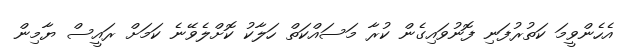
އެހެންވީމަ ކަތުރުފަނި ފޮނުވައިގެން ކުރާ މަސައްކަތް ހަލާކު ކޮށްލެވޭނެ ކަމަށް ރައީސް ޔާމިން